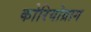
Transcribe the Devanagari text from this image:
कोरियोग्राग